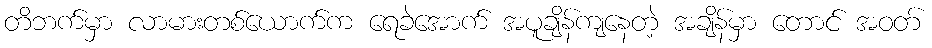
တိဘက်မှာ လာမားတစ်ယောက်က ရေခဲအောက် အပူချိန်ကျနေတဲ့ အချိန်မှာ တောင် အဝတ်